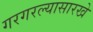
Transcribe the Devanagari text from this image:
गरगरल्यासारखे